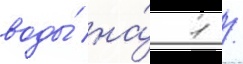
воды́ на́ 1 /